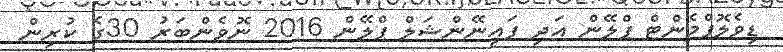
ޑިވެލޮޕްމެންޓް ޕްލޭން އަދި ފައިނޭންޝަލް ޕްލޭން 2016 ނޮވެންބަރު 30ގެ ކުރިން